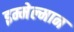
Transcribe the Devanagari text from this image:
इम्मेल्मान